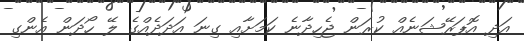
އަދި އޮޕަރޭޝަނެއް ކުރަން ޖެހިދާނެ ކަމަށާއި ގިނަ އަދަދެއްގެ ލޭ ހޯދަން އެންގި